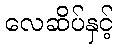
လေဆိပ်နှင့်